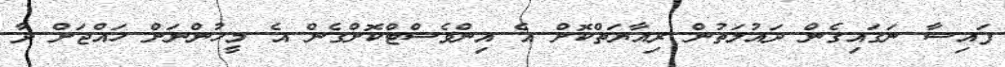
ފައިސާ ނަގައިގެން ދައުލަތުން ރިއާޔަތްކޮށް އެ އިންވެސްޓްކޮށްގެން އެ މީހުންނަށް ހައްޖަށް ދާ